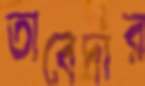
তাবেদার